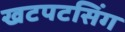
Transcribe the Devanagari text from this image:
खटपटसिंग